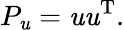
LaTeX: P_{\mathit{u}}=\mathit{u}\mathit{u}^{\mathrm{{T}}}.